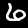
Label: 6